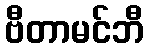
ဗီတာမင်ဘီ